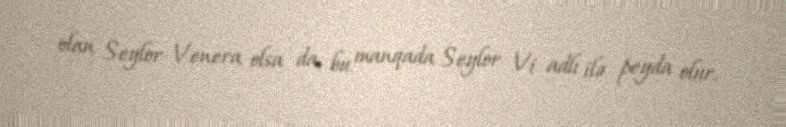
olan Seylor Venera olsa da, bu manqada Seylor Vi adlı ilə peyda olur.